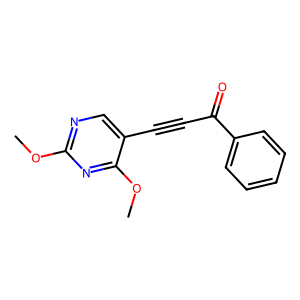
SMILES: COc1ncc(C#CC(=O)c2ccccc2)c(OC)n1
Inhibits HIV replication: No